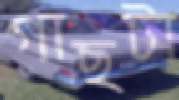
গাছটা